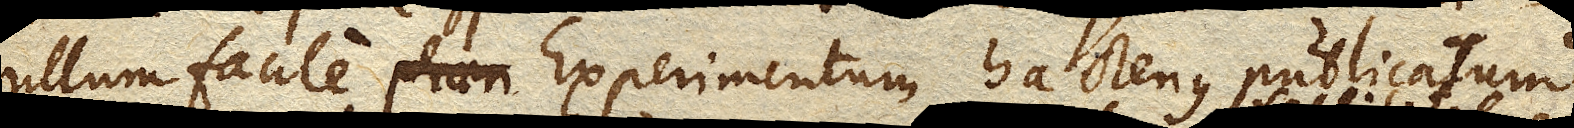
ullum facile Experimentum hactenus publicatum